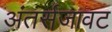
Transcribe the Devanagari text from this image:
अंतर्सजावट